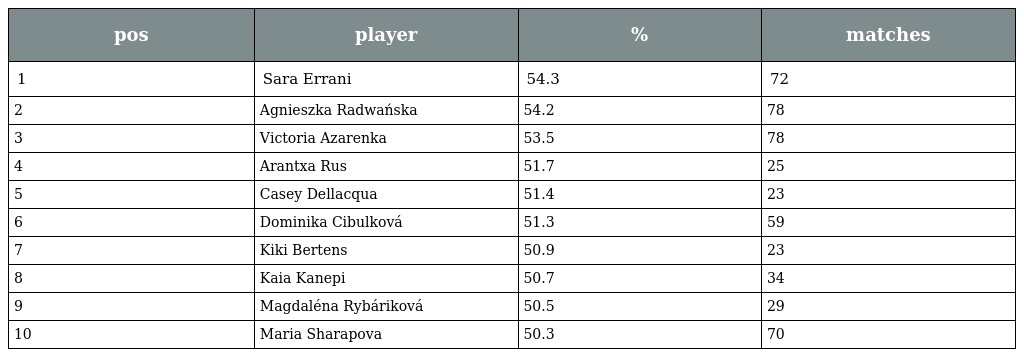
| pos | player | % | matches |
 | --- | --- | --- | --- |
 | 1 | Sara Errani | 54.3 | 72 |
 | 2 | Agnieszka Radwańska | 54.2 | 78 |
 | 3 | Victoria Azarenka | 53.5 | 78 |
 | 4 | Arantxa Rus | 51.7 | 25 |
 | 5 | Casey Dellacqua | 51.4 | 23 |
 | 6 | Dominika Cibulková | 51.3 | 59 |
 | 7 | Kiki Bertens | 50.9 | 23 |
 | 8 | Kaia Kanepi | 50.7 | 34 |
 | 9 | Magdaléna Rybáriková | 50.5 | 29 |
 | 10 | Maria Sharapova | 50.3 | 70 |